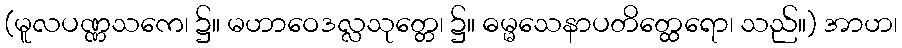
(မူလပဏ္ဏသကေ၊ ၌။ မဟာဝေဒလ္လသုတ္တေ၊ ၌။ ဓမ္မသေနာပတိတ္ထေရော၊ သည်။) အာဟ၊